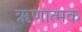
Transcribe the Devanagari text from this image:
ॠणात्मक